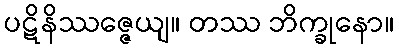
ပဋိနိဿဇ္ဇေယျ။ တဿ ဘိက္ခုနော။